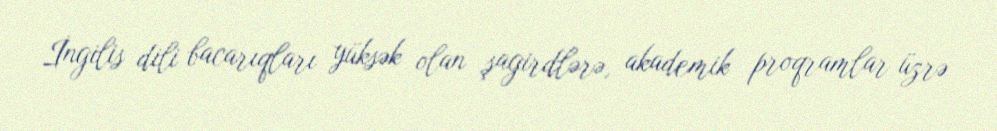
İngilis dili bacarıqları yüksək olan şagirdlərə, akademik proqramlar üzrə